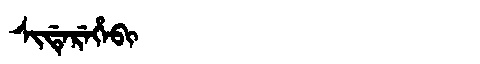
Manchu: ᠰᡳᡩᡝᡵᡝᡥᡝᠪᡳ
Romanization: SIDEREHEBI